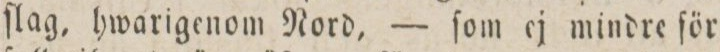
ſlag, hwarigenom Nord, — ſom ej mindre för